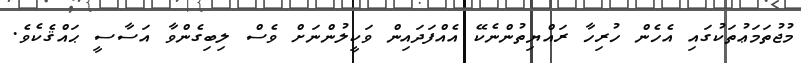
މުޖުތަމަޢުތަކުގައި އެހެން ހުރިހާ ރައްޔިތުންނެކޭ އެއްފަދައިން ވަކީލުންނަށް ވެސް ލިބިގެންވާ އަސާސީ ޙައްޤެކެވެ.